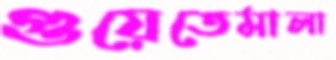
গুয়েতেমালা